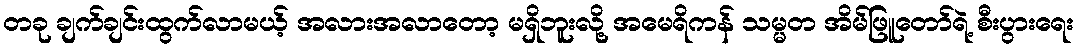
တခု ချက်ချင်းထွက်လာမယ့် အလားအလာတော့ မရှိဘူးလို့ အမေရိကန် သမ္မတ အိမ်ဖြူတော်ရဲ့ စီးပွားရေး